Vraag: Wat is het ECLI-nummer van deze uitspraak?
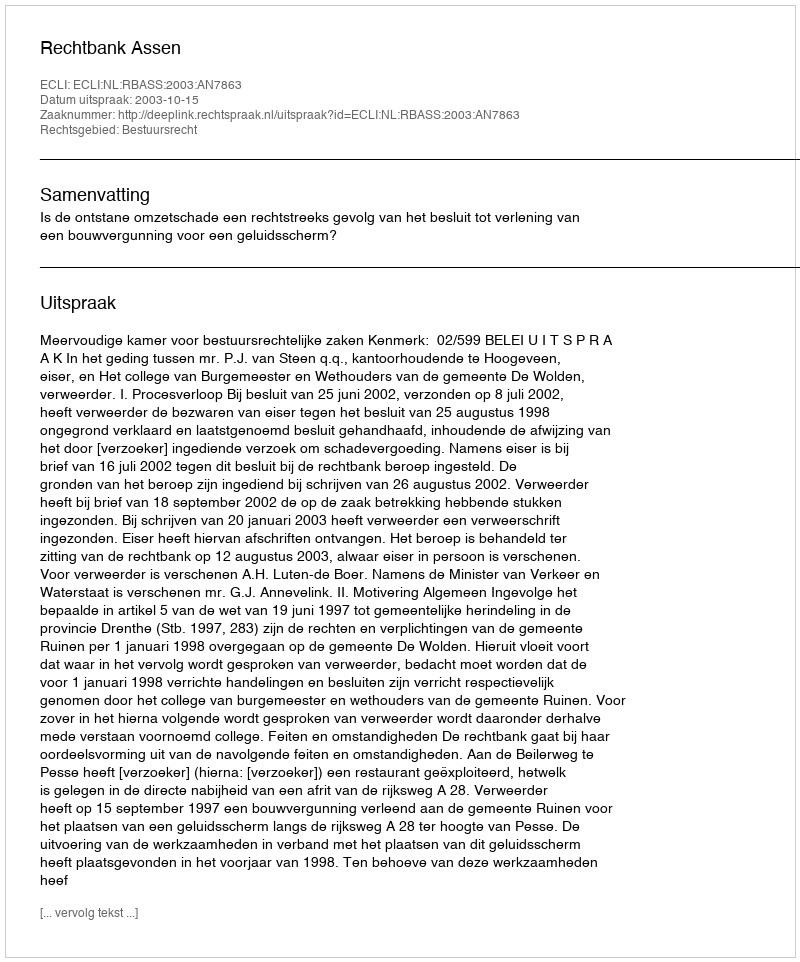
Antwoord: ECLI:NL:RBASS:2003:AN7863